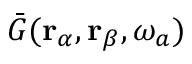
\bar { G } ( \mathbf { r } _ { \alpha } , \mathbf { r } _ { \beta } , \omega _ { a } )